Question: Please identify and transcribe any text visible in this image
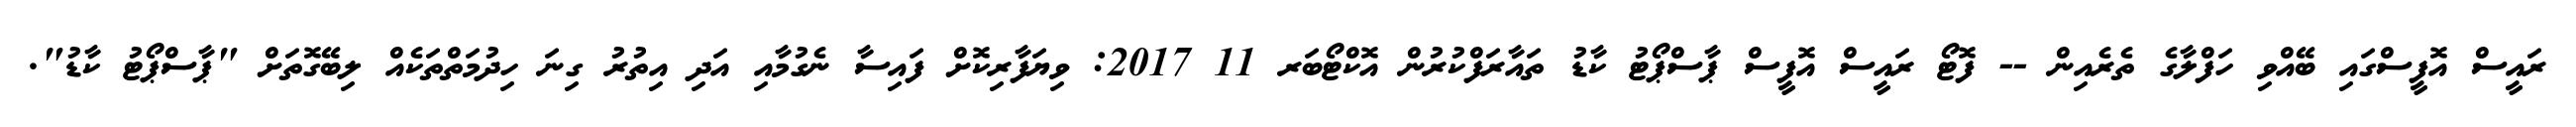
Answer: ރައީސް އޮފީސްގައި ބޭއްވި ހަފްލާގެ ތެރެއިން -- ފޮޓޯ ރައީސް އޮފީސް ޕާސްޕޯޓު ކާޑު ތައާރަފްކުރުން އޮކްޓޯބަރ 11 2017: ވިޔަފާރިކޮށް ފައިސާ ނެގުމާއި އަދި އިތުރު ގިނަ ހިދުމަތްތަކެއް ލިބޭގޮތަށް "ޕާސްޕޯޓު ކާޑު".